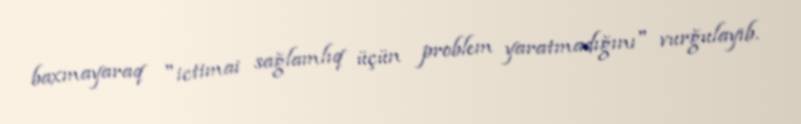
baxmayaraq "ictimai sağlamlıq üçün problem yaratmadığını" vurğulayıb.